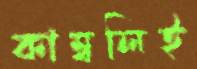
কাম্বলিই